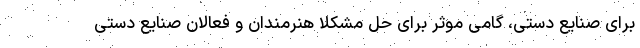
برای صنایع دستی، گامی موثر برای حل مشکلا هنرمندان و فعالان صنایع دستی